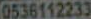
0536112233